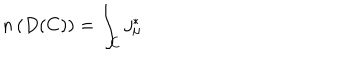
n \left( D ( C ) \right) = \int _ { C } j _ { \mu } ^ { * }